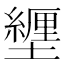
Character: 𫮸